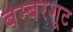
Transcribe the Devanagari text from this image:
बम्बरशूट